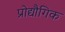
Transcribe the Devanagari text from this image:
प्रोद्यौगिक